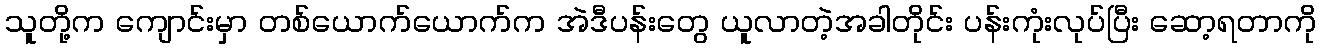
သူတို့က ကျောင်းမှာ တစ်ယောက်ယောက်က အဲဒီပန်းတွေ ယူလာတဲ့အခါတိုင်း ပန်းကုံးလုပ်ပြီး ဆော့ရတာကို